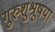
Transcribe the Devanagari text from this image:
गुरुशुश्रूषया